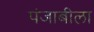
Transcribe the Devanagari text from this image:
पंजाबीला